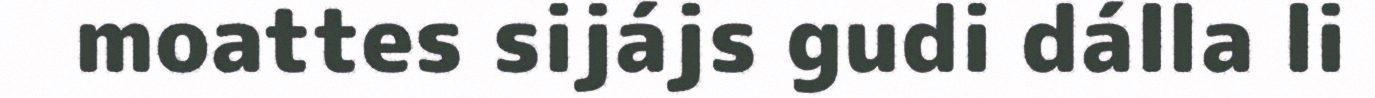
moattes sijájs gudi dálla li